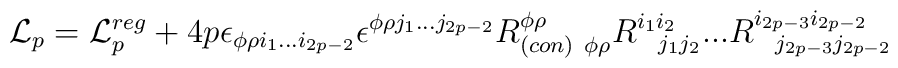
{\cal L}_{p}= {\cal L}_{p}^{reg}+  4p \epsilon_{\phi \rho i_1...i_{2p-2}}\epsilon^{\phi  \rho j_1... j_{2p-2}}R^{\phi \rho}_{(con) \ \phi \rho}R^{i_1 i_2}_{\ \ j_1 j_2} ...R^{i_{2p-3} i_{2p-2}}_{\ \ j_{2p-3}j_{2p-2}}